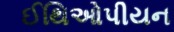
ઈથિઓપીયન